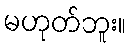
မဟုတ်ဘူး။